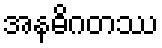
အနဓိဂတဿ